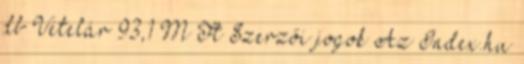
db Vételár 93,1 M Ft Szerzői jogok Az Index.hu